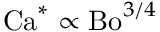
\mathrm { C a } ^ { * } \propto \mathrm { B o } ^ { 3 / 4 }